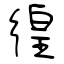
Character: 徨